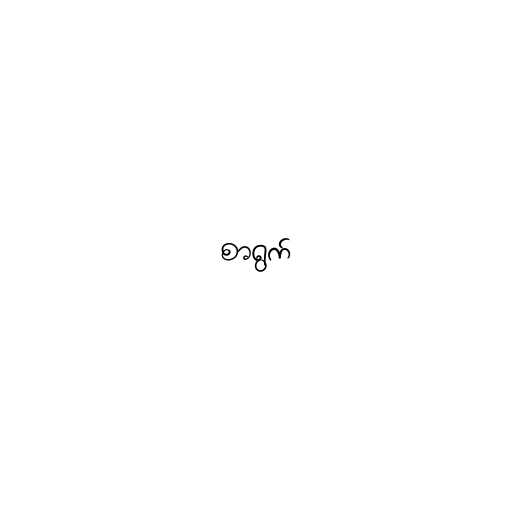
စာရွက်